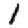
Digit: 1